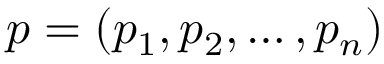
p = ( p _ { 1 } , p _ { 2 } , \ldots , p _ { n } )